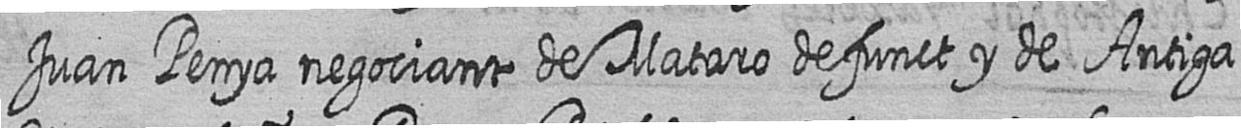
Juan Penya negociant de Mataro defunct y de Antiga